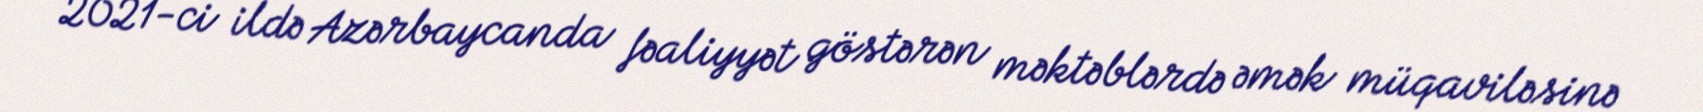
2021-ci ildə Azərbaycanda fəaliyyət göstərən məktəblərdə əmək müqaviləsinə